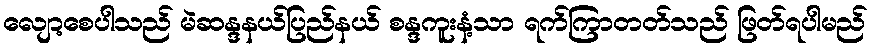
လျော့စေပါသည် မဲဆန္ဒနယ်ပြည်နယ် စန္ဒကူးနံ့သာ ရက်ကြာတတ်သည် ဖြတ်ရပါမည်